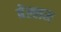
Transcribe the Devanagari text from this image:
बेल्लम